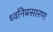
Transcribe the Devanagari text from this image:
ध्वनिप्रसारण